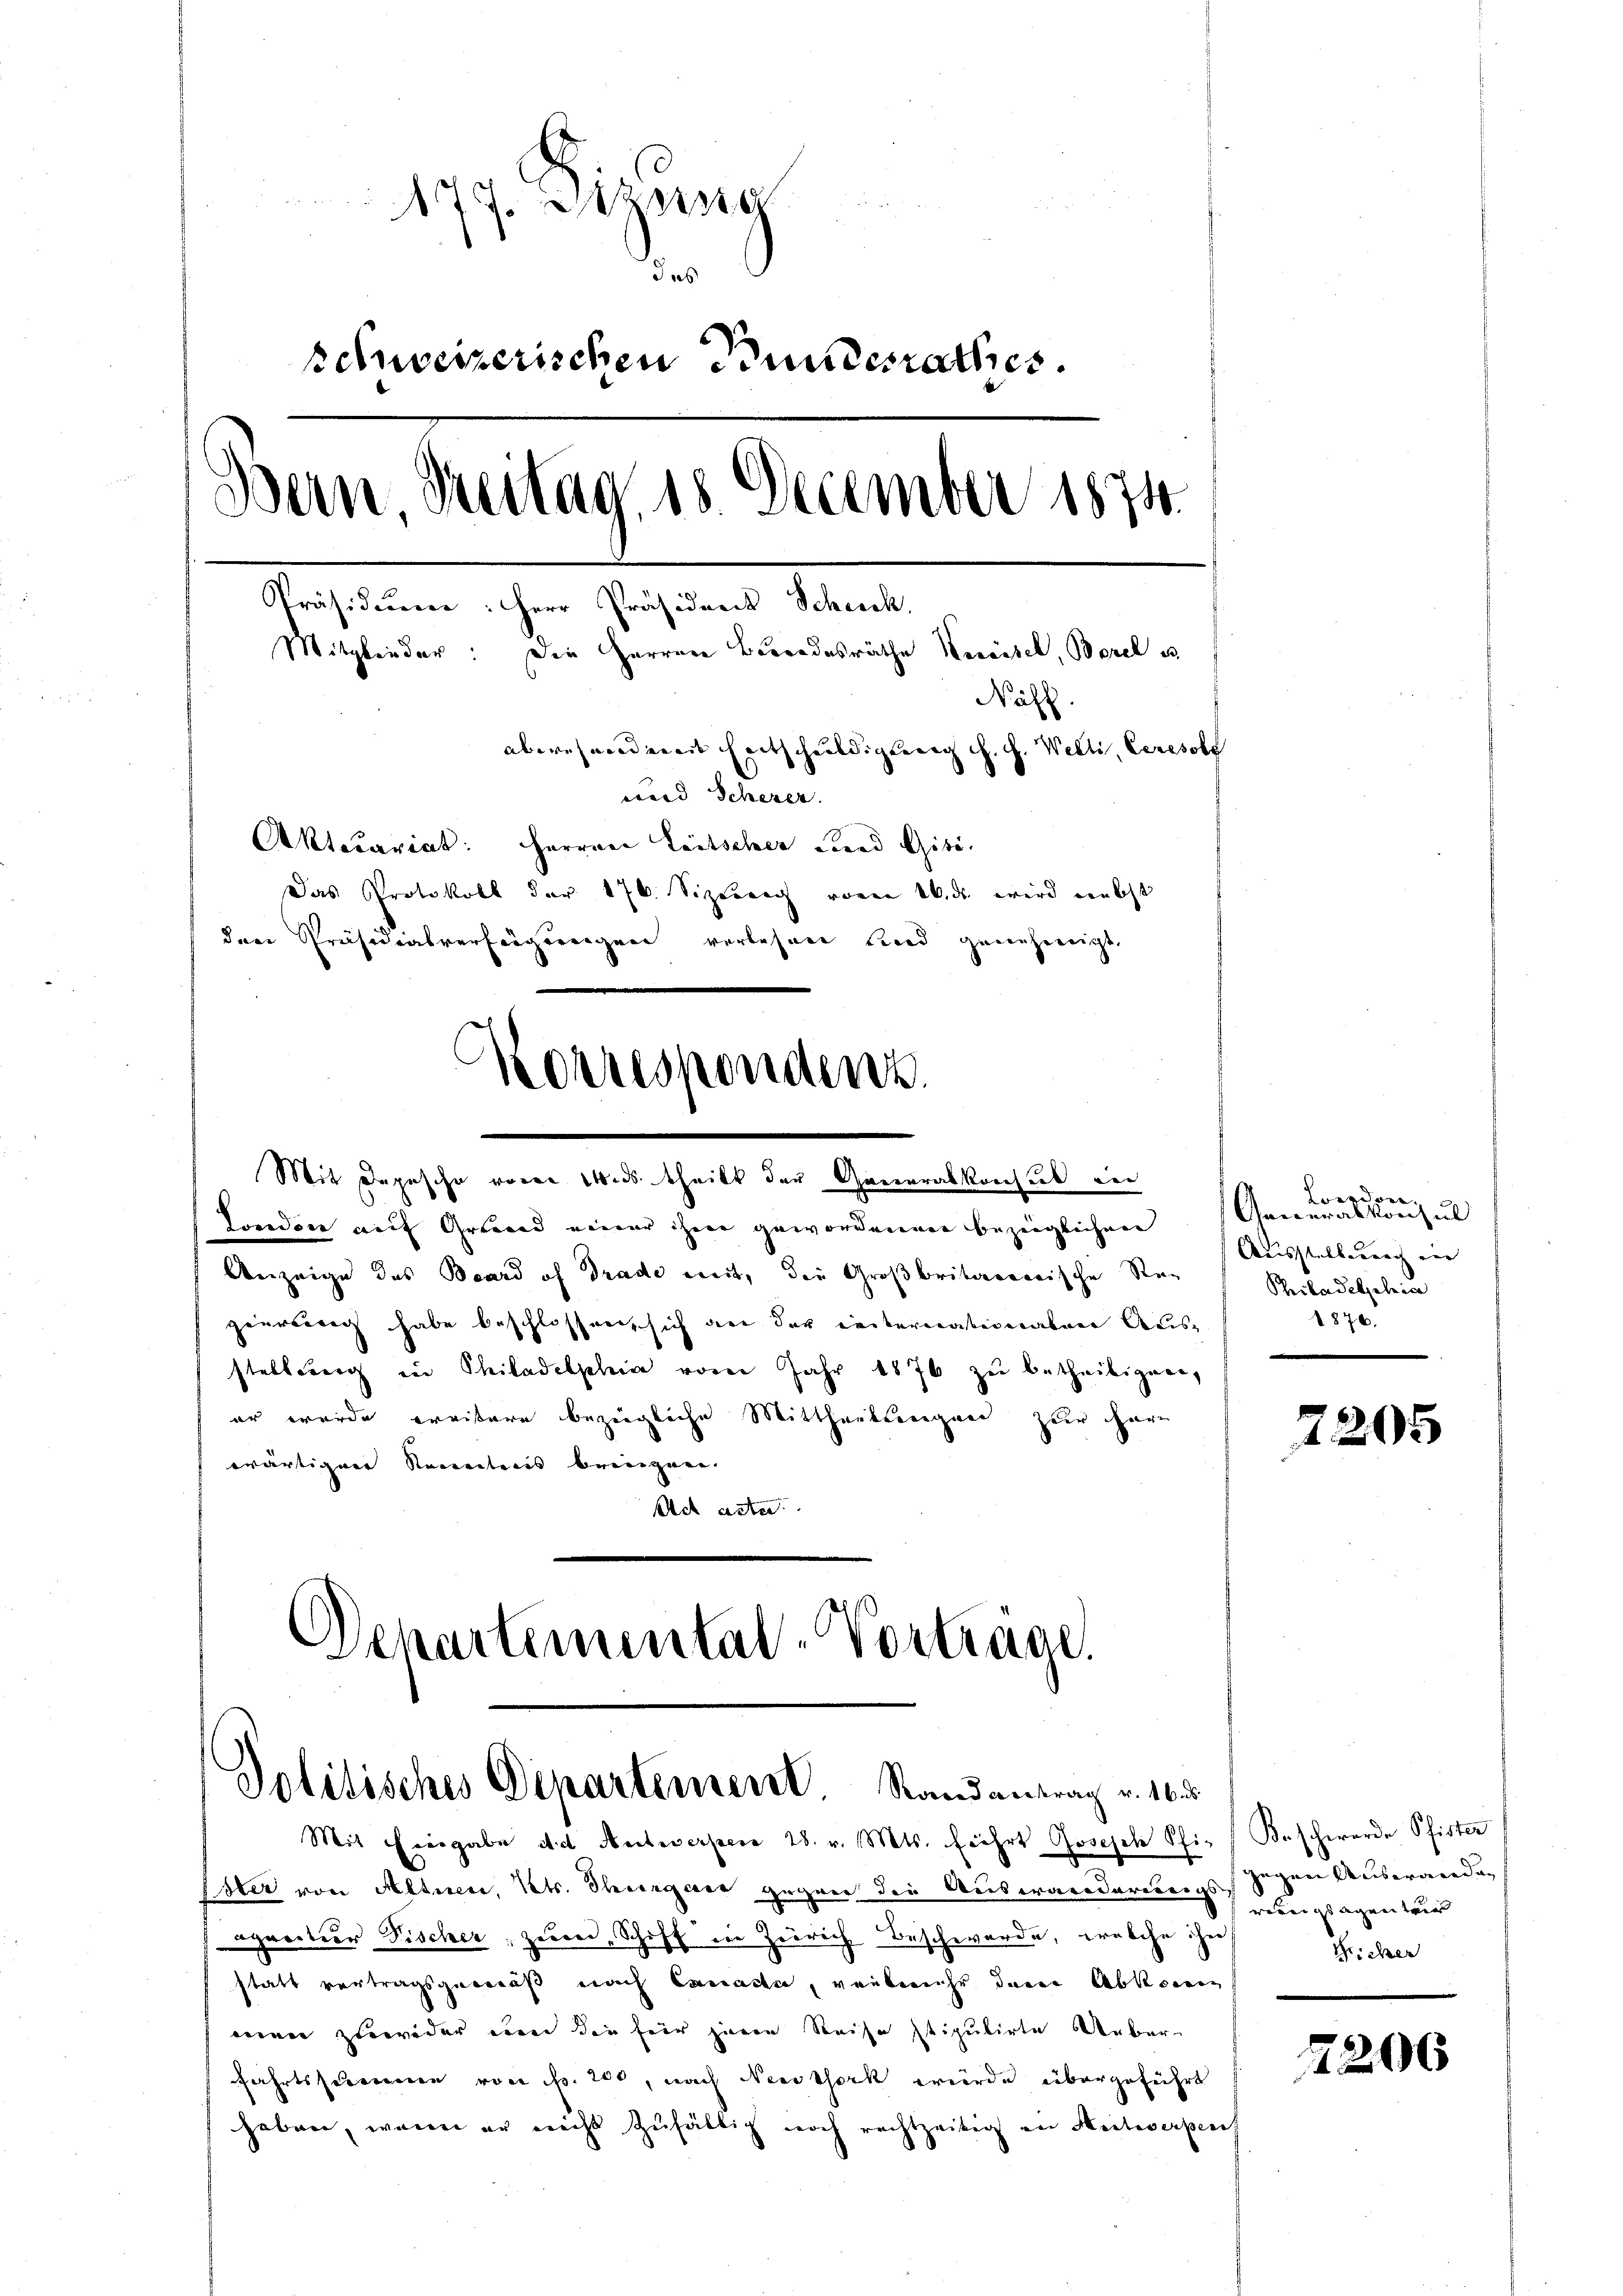
77. Aus
das
schweizerischen Bundesrathes.
Bern, Breitag 18 December 1874.
Präsidium: Herr Präsident Schuck,
Mitglieder: Die Herren Besondesräthe Kereitel, Borel is
Nähl
abwesendereit Entschuldigung d. J. Welti, Ceresol
uard Scherer
Aktecariat: Herrner Leitscher und Giti.
Das Protokoll der 176. Sizeurich voren 10. die wird ernscht
den Präsidialverfeigereigen verlesen und genehmigt

Korrespondenz.
Mit Depesche voren 14. ds. theilt der Generalkonsul der
Fondon auf Grund einer ihne gewordenen bezüglichen

Anzeige des Beard of Drade mit, die Großbritaerarische Reg
geursweg habe beschlossen, sich an der Leiternativeraben Ausstellung in Philadelphia vom Jahr 1876 zu betheiligen,
er wurde ereitere bezeigliche Mittheilungen zur Har
wärtigere Kenntnis bringen.
Act acter
Departemental-Vorträge.

Politisches Departement. Stand antrag v. 16. d.

Mit Eingabe d.d Antwerpen 28. v. Mts. Fiehrt Joseph Schie Beschwerde Pfister
Ester von Altnen, Kts. Thurgare gegen die Auswarderungsgegen Auswanden
pretier Fischer: Herrer, Schiff die Zeirich Beschwerde, welche ihn
statt vertragsgemäß nach Canada, verleihe denen Abkommen
einer zuwider von die für jenen Reise stipulirte Ueberfahrtsstrennen von fr. 200, nach Neustark wurde übergeführt
haben, wenn er nicht zufällig noch rechtzeitig an Heitwerpen

London,
Generalkonsul
Ausstelbauung von |
Philadelgelei
1876.

7205

wein sagen ver
Teicher

7206